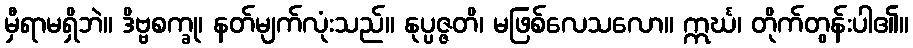
မှီရာမရှိဘဲ။ ဒိဗ္ဗစက္ခု၊ နတ်မျက်လုံးသည်။ နုပ္ပဇ္ဇတိ၊ မဖြစ်လေသလော။ ဣင်္ဃ၊ တိုက်တွန်းပါ၏။